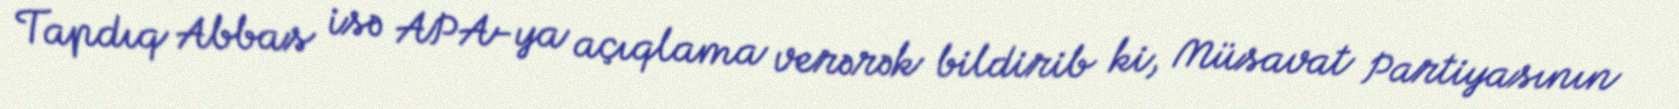
Tapdıq Abbas isə APA-ya açıqlama verərək bildirib ki, Müsavat Partiyasının